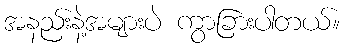
အနည်းနဲ့အများပဲ ကွာခြားပါတယ်။